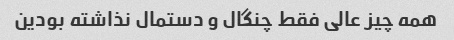
همه چیز عالی فقط چنگال و دستمال نذاشته بودین